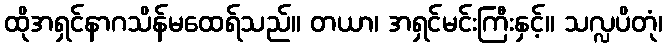
ထိုအရှင်နာဂသိန်မထေရ်သည်။ တယာ၊ အရှင်မင်းကြီးနှင့်။ သလ္လပိတုံ၊